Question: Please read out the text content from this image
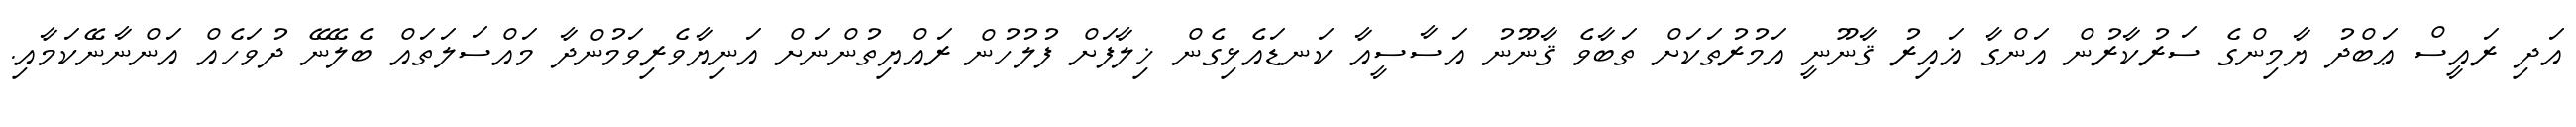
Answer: އަދި ރައީސް ޢަބްދު ޔާމިންގެ ސަރުކާރުން އަންގާ ޣައިރު ޤާނޫނީ އަމުރުތަކަށް ތަބާވެ ޤާނޫނު އަސާސީއާ ކަނޑައެޅިގެން ޚިލާފަށް ފުލުހުން ރައްޔިތުންނަށް އަނިޔާވެރިވަމުންދާ މައްސަލަތައް ބެލޭނޭ ދުވަހެއް އަންނާނޭކަމާއި.